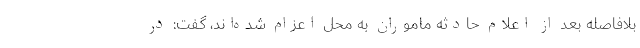
بلافاصله بعد از اعلام حادثه ماموران به محل اعزام شده‌اند، گفت: در